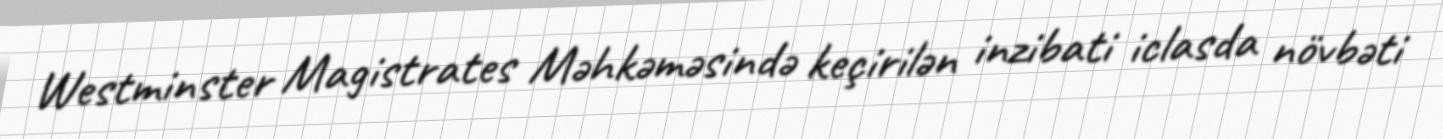
Westminster Magistrates Məhkəməsində keçirilən inzibati iclasda növbəti